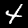
Digit: 4